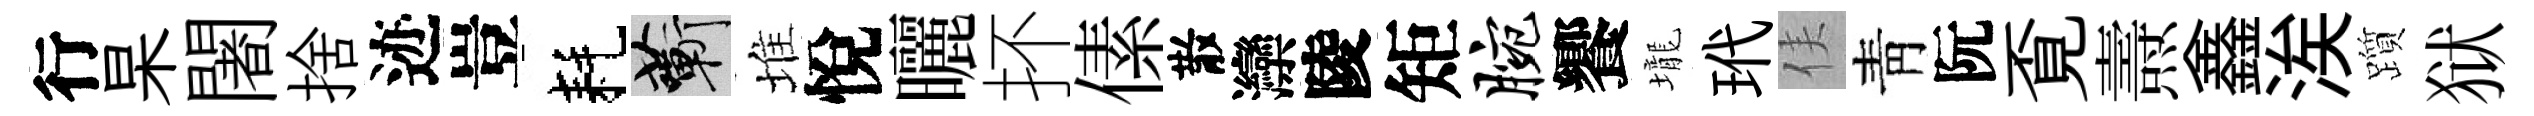
行杲闍捨迹豈耗蔪堆悅曬抔傃散灤陵矩腕饗壠玳侯靑阮覔燾鑫涘躓狱